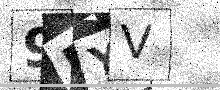
Text: 9PYV